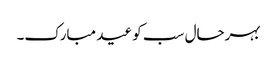
بہرحال سب کو عید مبارک۔